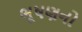
ભૂષણનો